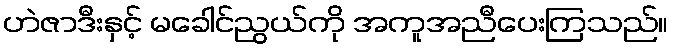
ဟဲဇာဒီးနှင့် မခေါင်ညွယ်ကို အကူအညီပေးကြသည်။